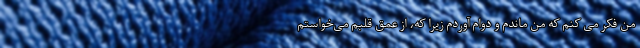
من فکر می کنم که من ماندم و دوام آوردم زیرا که، از عمق قلبم می‌خواستم